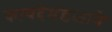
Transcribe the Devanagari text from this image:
कायदेमंडळाने